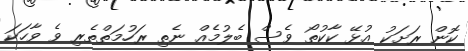
ކޮން ރަށަކު އުޅޭ ކާކުތޯ ވެސް ބެެލުމެއް ނެތި ރަހުމަތްތެރި ވެ ވާހަކަ